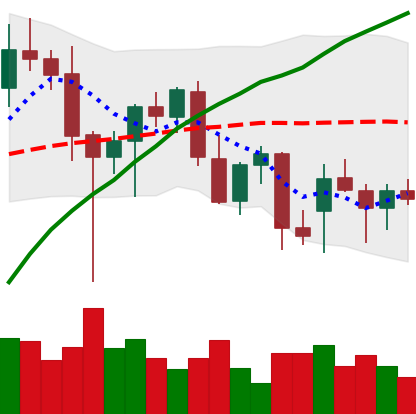
Ticker: ETH-USD
Chart end date: 2021-12-19
Forward return: 3.197%
Label: up_3_5